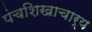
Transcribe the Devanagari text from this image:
पंचशिखाचार्य